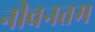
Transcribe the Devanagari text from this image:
नीवनतम